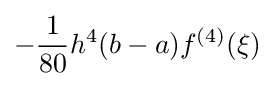
-{\frac {1}{80}}h^{4}(b-a)f^{(4)}(\xi )